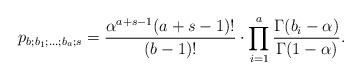
LaTeX: \begin{align*}p_{b; b_1;\ldots; b_a ; s} = \frac{\alpha^{a+s-1}(a + s - 1)!}{(b -1)!} \cdot\prod_{i=1}^{a}\frac{\Gamma(b_i - \alpha)}{\Gamma(1-\alpha)}.\end{align*}